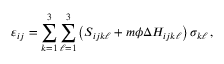
\varepsilon _ { i j } = \sum _ { k = 1 } ^ { 3 } \sum _ { \ell = 1 } ^ { 3 } \left( S _ { i j k \ell } + m \phi \Delta H _ { i j k \ell } \right) \sigma _ { k \ell } \, ,